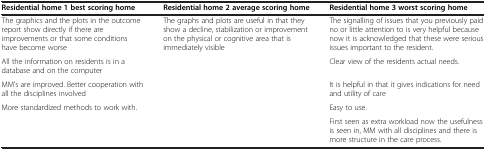
<table><thead><tr><td><b>Residential home 1 best scoring home</b></td><td><b>Residential home 2 average scoring home</b></td><td><b>Residential home 3 worst scoring home</b></td></tr></thead><tbody><tr><td>The graphics and the plots in the outcome report show directly if there are improvements or that some conditions have become worse</td><td>The graphs and plots are useful in that they show a decline, stabilization or improvement on the physical or cognitive area that is immediately visible</td><td>The signalling of issues that you previously paid no or little attention to is very helpful because now it is acknowledged that these were serious issues important to the resident.</td></tr><tr><td>All the information on residents is in a database and on the computer</td><td> </td><td>Clear view of the residents actual needs.</td></tr><tr><td>MM’s are improved. Better cooperation with all the disciplines involved</td><td> </td><td>It is helpful in that it gives indications for need and utility of care</td></tr><tr><td>More standardized methods to work with.</td><td> </td><td>Easy to use.</td></tr><tr><td> </td><td> </td><td>First seen as extra workload now the usefulness is seen in, MM with all disciplines and there is more structure in the care process.</td></tr></tbody></table>